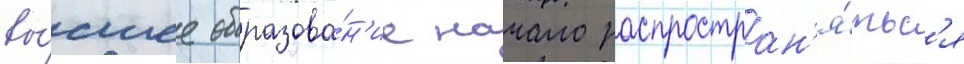
вы́сшее образова́н'ие начало распростран'я́тьс'я